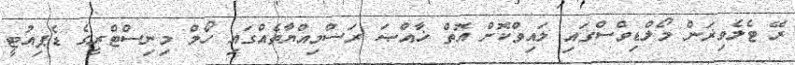
ރޭ ޓެލެވިޜަން މޯލްޑިވްސްގައި ލައިވްކޮށް އޮތް ޚާއްޞަ ރަސްމިއްޔާތެއްގައި ހޯމް މިނިސްޓްރީގެ ޑެޕިއުޓީ